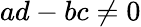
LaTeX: ad-bc\neq 0